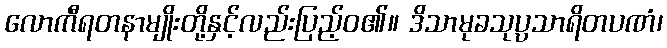
လောကီရတနာမျိုးတို့နှင့်လည်းပြည့်ဝ၏။ ဒိသာမုခသုပ္ပသာရိတပဏံ၊